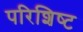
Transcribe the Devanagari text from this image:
परिशिष्‍ट